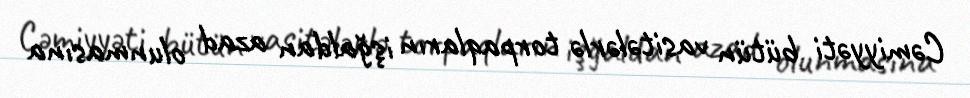
Cəmiyyəti bütün vasitələrlə torpaqların işğaldan azad olunmasına